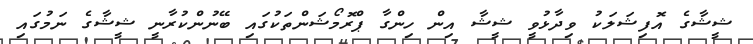
ޝީޝާގެ އޮފިޝަލަކު ވިދާޅުވީ ޝީޝާ އިން ހިންގާ ޕްރޮމޯޝަންތަކުގައި ބޭނުންކުރާނީ ޝީޝާގެ ނަމުގައި